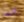
انت